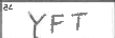
Transcription: YFT